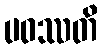
ပဝဿတိ